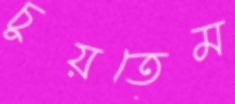
চুয়তেম